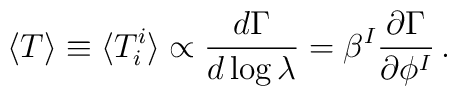
\langle T \rangle \equiv \langle T^i_i \rangle \propto {d\Gamma \over d \log \lambda}= \beta^I {{\partial\Gamma}\over {\partial\phi^I}} \, .